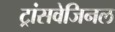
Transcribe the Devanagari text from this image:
ट्रांसवेजिनल